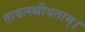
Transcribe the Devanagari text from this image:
तावत्स्थीयताम्।